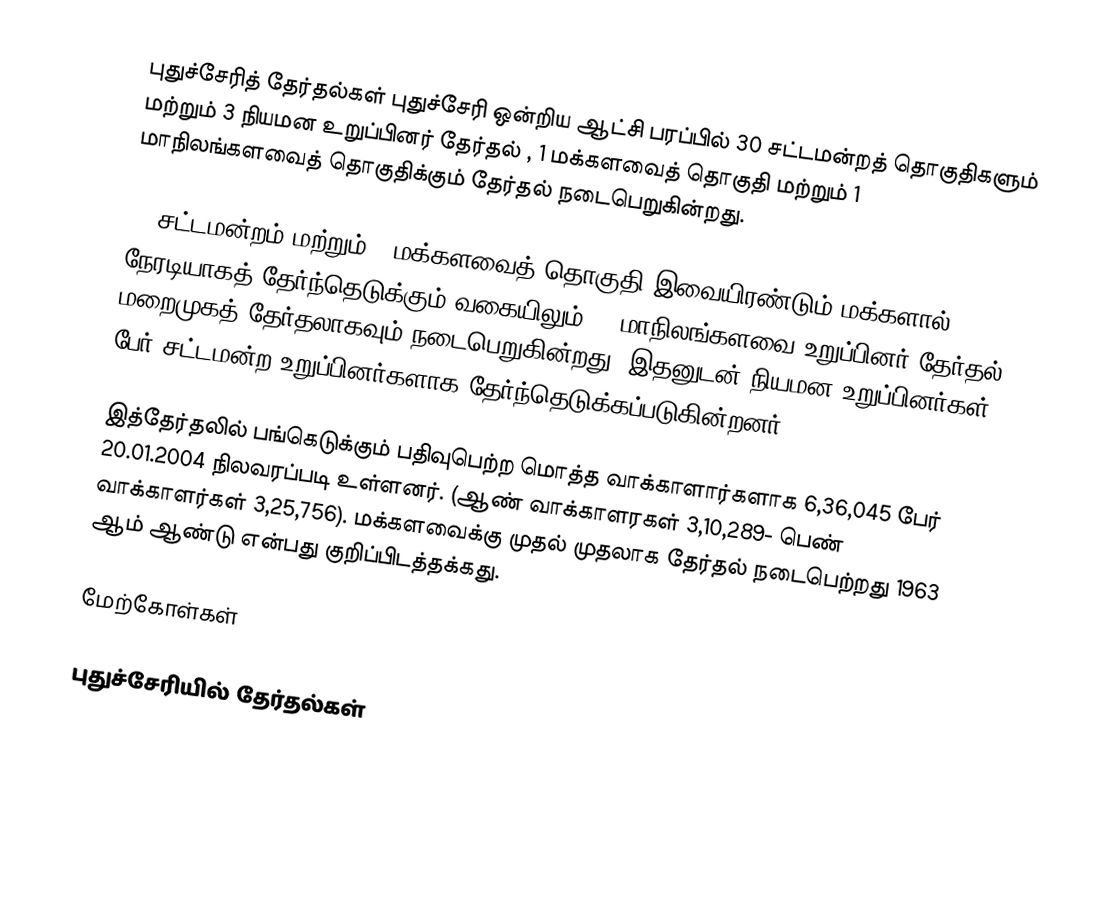
புதுச்சேரித் தேர்தல்கள் புதுச்சேரி ஒன்றிய ஆட்சி பரப்பில் 30 சட்டமன்றத் தொகுதிகளும் மற்றும்  3 நியமன உறுப்பினர் தேர்தல் , 1 மக்களவைத் தொகுதி மற்றும் 1 மாநிலங்களவைத் தொகுதிக்கும் தேர்தல் நடைபெறுகின்றது.

30 சட்டமன்றம் மற்றும் 1 மக்களவைத் தொகுதி இவையிரண்டும் மக்களால் நேரடியாகத் தேர்ந்தெடுக்கும் வகையிலும், 1 மாநிலங்களவை உறுப்பினர் தேர்தல் மறைமுகத் தேர்தலாகவும் நடைபெறுகின்றது. இதனுடன் நியமன உறுப்பினர்கள் 3 பேர் சட்டமன்ற உறுப்பினர்களாக தேர்ந்தெடுக்கப்படுகின்றனர்.

இத்தேர்தலில் பங்கெடுக்கும் பதிவுபெற்ற மொத்த வாக்காளார்களாக 6,36,045 பேர் 20.01.2004 நிலவரப்படி உள்ளனர். (ஆண் வாக்காளரகள் 3,10,289- பெண் வாக்காளர்கள் 3,25,756). மக்களவைக்கு முதல் முதலாக தேர்தல் நடைபெற்றது 1963 ஆம் ஆண்டு என்பது குறிப்பிடத்தக்கது.

மேற்கோள்கள்

புதுச்சேரியில் தேர்தல்கள்